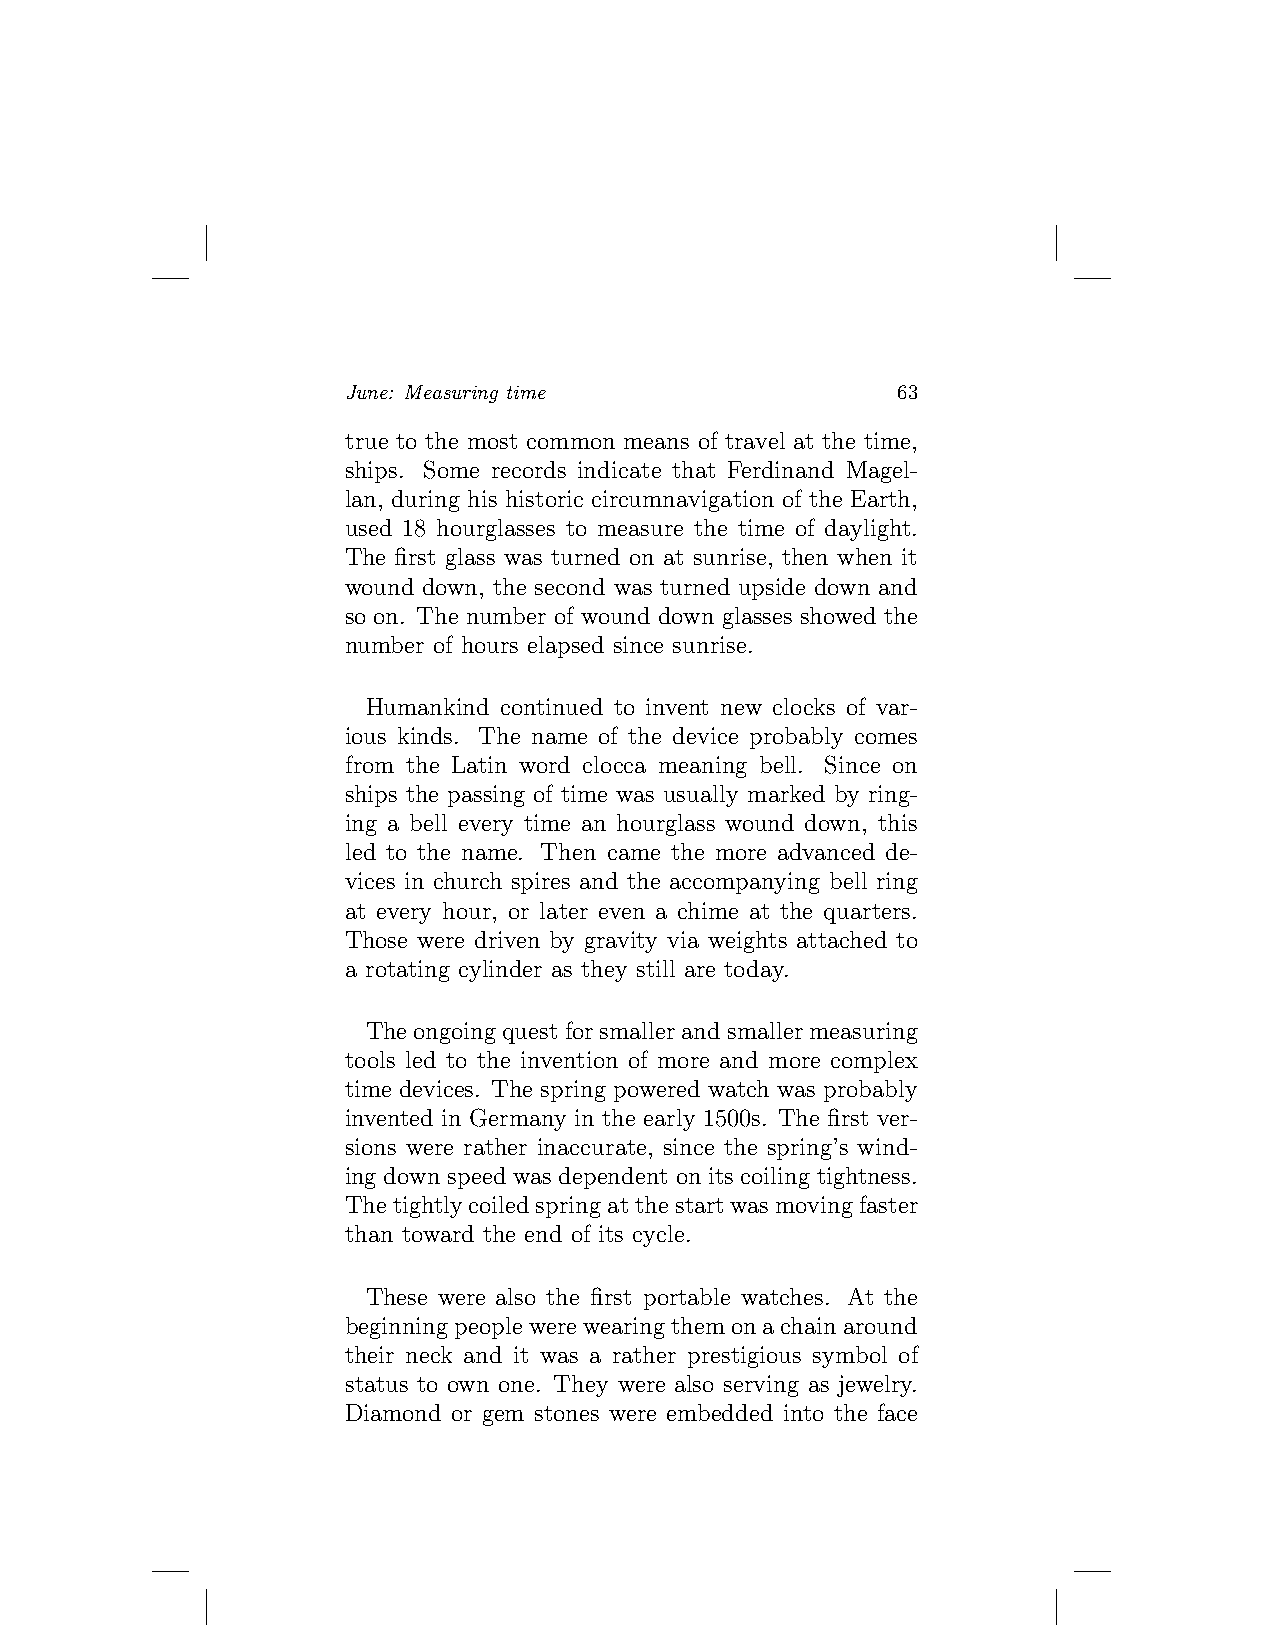
June: Measuring time                63
 true to the most common means of travel at the time,
 ships. Some records indicate that Ferdinand Magel-
 lan, during his historic circumnavigation of the Earth,
 used 18 hourglasses to measure the time of daylight.
 The first glass was turned on at sunrise, then when it
 wound down, the second was turned upside down and
 so on. The number of wound down glasses showed the
 number of hours elapsed since sunrise.
 Humankind continued to invent new clocks of var-
 ious kinds. The name of the device probably comes
 from the Latin word clocca meaning bell. Since on
 ships the passing of time was usually marked by ring-
 ing a bell every time an hourglass wound down, this
 led to the name. Then came the more advanced de-
 vices in church spires and the accompanying bell ring
 at every hour, or later even a chime at the quarters.
 Those were driven by gravity via weights attached to
 a rotating cylinder as they still are today.
 Theongoingquestforsmallerandsmallermeasuring
 tools led to the invention of more and more complex
 time devices. The spring powered watch was probably
 invented in Germany in the early 1500s. The first ver-
 sions were rather inaccurate, since the spring’s wind-
 ing down speed was dependent on its coiling tightness.
 Thetightlycoiledspringatthestartwasmovingfaster
 than toward the end of its cycle.
 These were also the first portable watches. At the
 beginningpeoplewerewearingthemonachainaround
 their neck and it was a rather prestigious symbol of
 status to own one. They were also serving as jewelry.
 Diamond or gem stones were embedded into the face